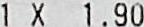
1 X 1.90